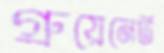
গ্রুয়েনের্ট